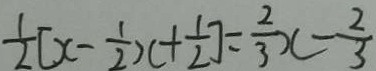
\frac { 1 } { 2 } [ x - \frac { 1 } { 2 } x + \frac { 1 } { 2 } ] = \frac { 2 } { 3 } x - \frac { 2 } { 3 }